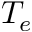
T _ { e }